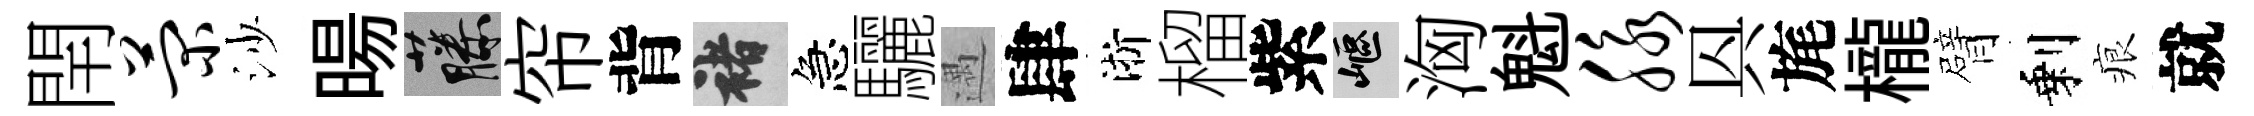
閈菊沙暘藤帘背褚急驪遇肆淅榴紫嶇洶魁脉㒷旄櫳臂剩痕就